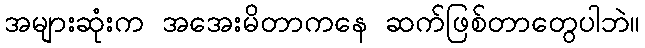
အများဆုံးက အအေးမိတာကနေ ဆက်ဖြစ်တာတွေပါဘဲ။